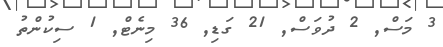
3 މަސް